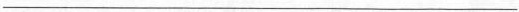
___